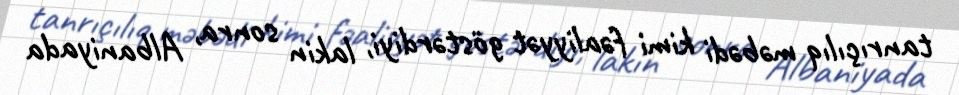
tanrıçılıq məbədi kimi fəaliyyət göstərdiyi, lakin sonra, Albaniyada